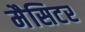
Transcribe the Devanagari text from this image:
मैसिटर